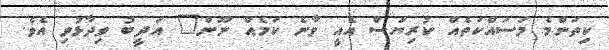
ކިތަންމެ މަސައްކަތެއް ކުރިޔަސް އެއީ ވާނެ ކަމެއް ނޫން" އަދީބު ވިދާޅުވި އެވެ.